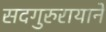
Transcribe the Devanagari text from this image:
सदगुरुरायानें